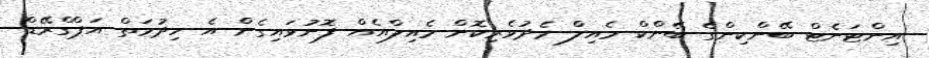
އިންޓަނެޓް ބޭންކިންގެ ބޭންކް މެއިލް މެދުވެރިކޮށް މެއިލްއެއް ފޮނުވައިގެން އެ ހިދުމަތް އަޕްގްރޭޑް